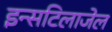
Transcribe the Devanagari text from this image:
इन्सटिलाजेल